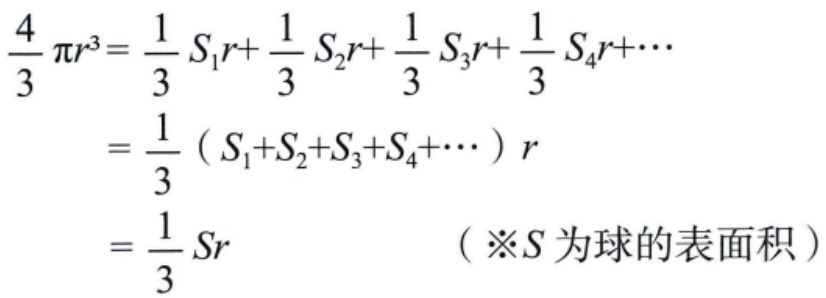
\[
\begin{align*}
\frac{4}{3}\pi r^{3}&=\frac{1}{3}S_{1}r + \frac{1}{3}S_{2}r+\frac{1}{3}S_{3}r+\frac{1}{3}S_{4}r+\cdots\\
&=\frac{1}{3}(S_{1}+S_{2}+S_{3}+S_{4}+\cdots)r\\
&=\frac{1}{3}Sr\quad(\text{※}S\text{ 为球的表面积})
\end{align*}
\]